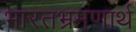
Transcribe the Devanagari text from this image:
भारतभ्रमणार्थ